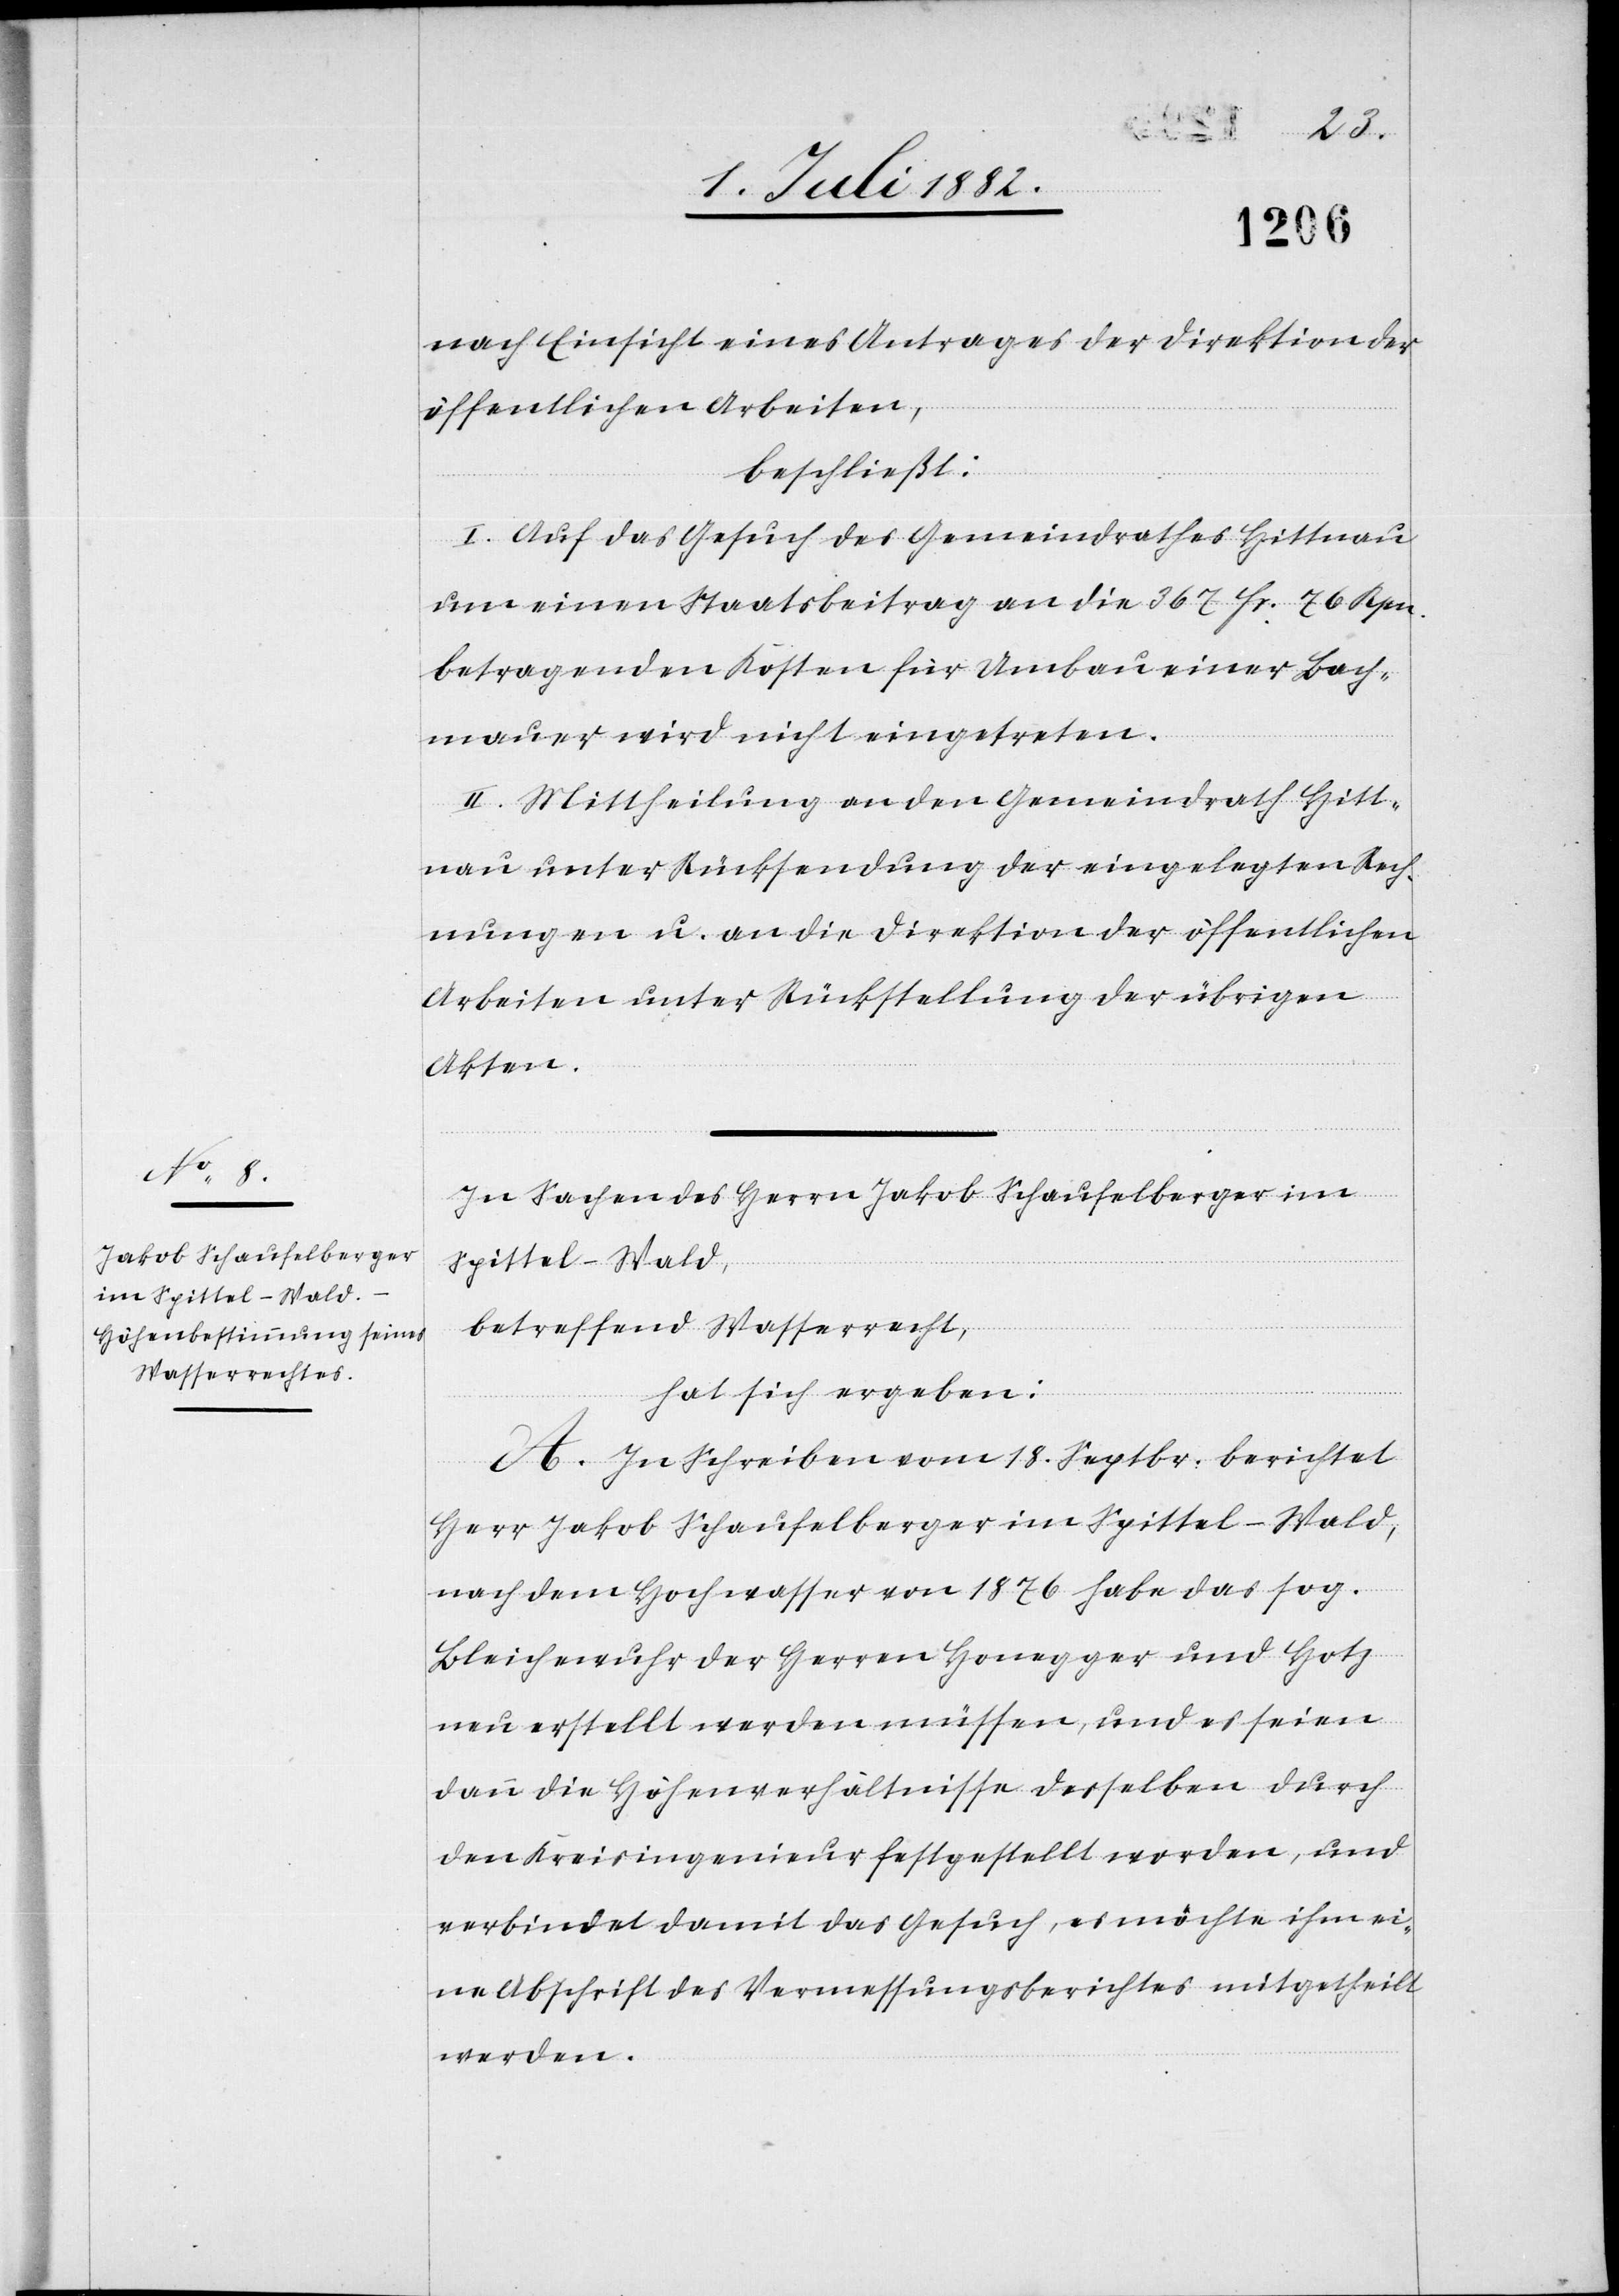
nach Einsicht eines Antrages der Direktion der
öffentlichen Arbeiten,
beschließt:
I. Auf das Gesuch des Gemeindrathes Hittnau
um einen Staatsbeitrag an die 367 Fr. 76 Rpn.
betragenden Kosten für Umbau einer Bach¬
mauer wird nicht eingetreten.
II. Mittheilung an den Gemeindrath Hitt¬
nau unter Rücksendung der eingelegten Rech¬
nungen u. an die Direktion der öffentlichen
Arbeiten unter Rückstellung der übrigen
Akten.
In Sachen des Herrn Jakob Schaufelberger im
Spittel - Wald,
betreffend Wasserrecht,
hat sich ergeben:
A. In Schreiben vom 18. Septbr. berichtet
Herr Jakob Schaufelberger im Spittel - Wald,
nach dem Hochwasser von 1876 habe das sog.
Bleichewuhr der Herren Honegger und Hotz
neu erstellt werden müssen, und es seien
dann die Höhenverhältnisse derselben durch
den Kreisingenieur festgestellt worden, und
verbindet damit das Gesuch, es möchte ihm ei¬
ne Abschrift des Vermessungsberichtes mitgetheilt
werden.